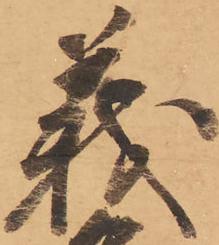
義